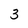
Character: 3